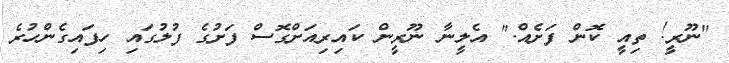
"ނޫރީ! ތިއީ ކޮން ފަށެއް." އެލީނާ ނޫރީން ކައިރިއަށްގޮސް ފަށުގެ ފުލުގައި ހިފައިގެންހުރެ